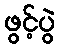
ဖွင့်ပွဲ